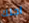
اجلك